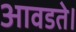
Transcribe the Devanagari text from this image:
आवडते।